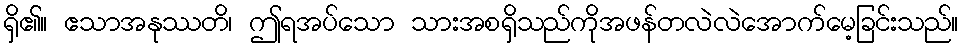
ရှိ၏။ ဧသာအနုဿတိ၊ ဤရအပ်သော သားအစရှိသည်ကိုအဖန်တလဲလဲအောက်မေ့ခြင်းသည်။